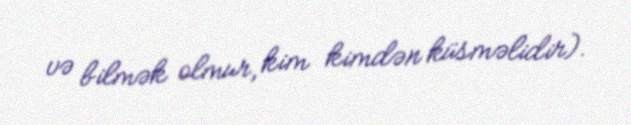
və bilmək olmur, kim kimdən küsməlidir).